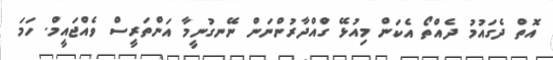
އޮތް ދެގައުމު ދެއްތޯ އެކަން މިއުޅޭ ގަްއްދާރުންނަން ނޭނގުނީމާ އަންތަރީސް ވެއްޖައީމް. ހަމަ